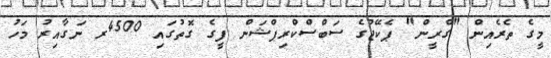
މީގެ ތެރެއިން "ގްރީން" ޕެކޭޖުގެ ސަބްސްކްރިޕްޝަން ފީގެ ގޮތުގައި 4500ރ ނަގާއިރު މަހު